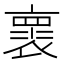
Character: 褱